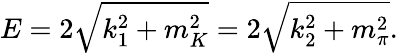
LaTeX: E=2\sqrt{k_{1}^{2}+m_{K}^{2}}=2\sqrt{k_{2}^{2}+m_{\pi}^{2}}.